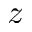
z